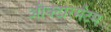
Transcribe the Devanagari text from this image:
औक्टोरमेंटम